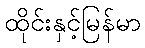
ထိုင်းနှင့်မြန်မာ